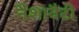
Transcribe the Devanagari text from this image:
नैशावैटी